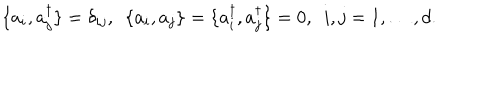
\{ a _ { i } , a _ { j } ^ { \dagger } \} = \delta _ { i j } , ~ ~ \{ a _ { i } , a _ { j } \} = \{ a _ { i } ^ { \dagger } , a _ { j } ^ { \dagger } \} = 0 , ~ ~ i , j = 1 , \ldots , d .